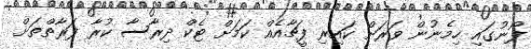
ފޯނުގައި ހިމެނުން ވަރަށް ކައިރި ފީޗާއެއް ކަމަށް ޓެކް ދިރާސާ ކުރާ ފަރާތްތަށް